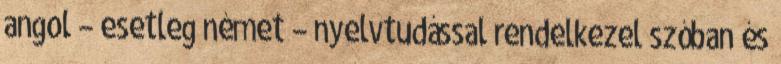
angol – esetleg német – nyelvtudással rendelkezel szóban és